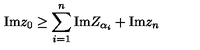
\mathrm { I m } z _ { 0 } \geq \sum _ { i = 1 } ^ { n } \mathrm { I m } Z _ { \alpha _ { i } } + \mathrm { I m } z _ { n }